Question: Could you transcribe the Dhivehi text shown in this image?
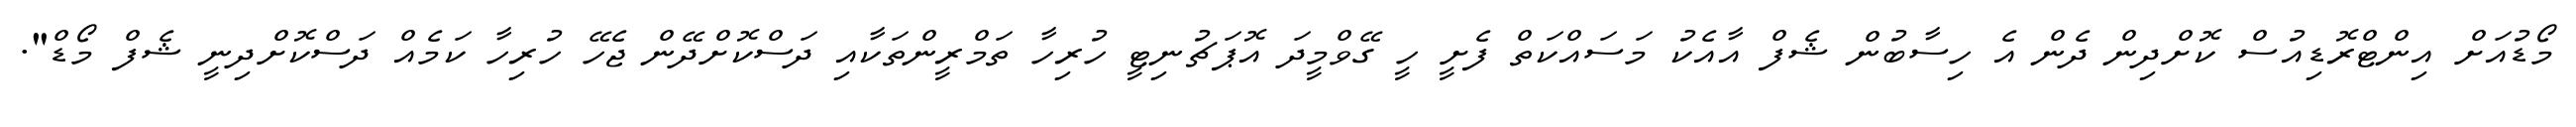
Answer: މޯޑުއަށް އިންޓްރޮޑިއުސް ކޮށްދިން ދެން އެ ހިސާބުން ޝެފް އާއެކު މަސައްކަތް ފެށީ ހީ ގޭވްމީދަ އޮޕަޗުނިޓީ ހުރިހާ ތަމްރީންތަކާއި ދަސްކޮށްދޭން ޖެހޭ ހުރިހާ ކަމެއް ދަސްކޮށްދިނީ ޝެފް މޯޑް".